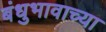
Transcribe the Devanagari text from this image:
बंधुभावाच्या